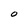
Character: O